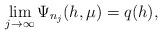
LaTeX: \begin{align*}\lim_{j\to \infty } \Psi_{n_j} (h,\mu)= q(h),\end{align*}